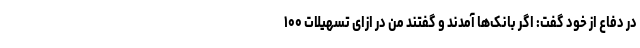
در دفاع از خود گفت: اگر بانک‌ها آمدند و گفتند من در ازای تسهیلات ۱۰۰